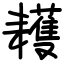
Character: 耯